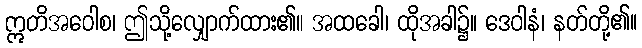
ဣတိအဝေါစ၊ ဤသို့လျှောက်ထား၏။ အထခေါ၊ ထိုအခါ၌။ ဒေဝါနံ၊ နတ်တို့၏။